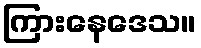
ကြားနေဒေသ။